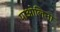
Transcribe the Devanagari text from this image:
पाओलिना